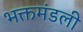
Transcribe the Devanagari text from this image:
भक्तमंडली